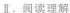
Ⅱ.阅读理解